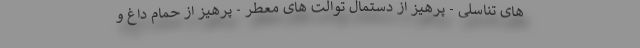
های تناسلی - پرهیز از دستمال توالت های معطر - پرهیز از حمام داغ و